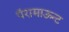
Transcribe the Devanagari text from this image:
पॅरामाऊन्ट